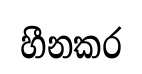
හීනකර